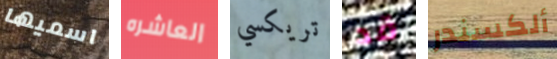
اسميها العاشره تريكسي قد ألكسندر